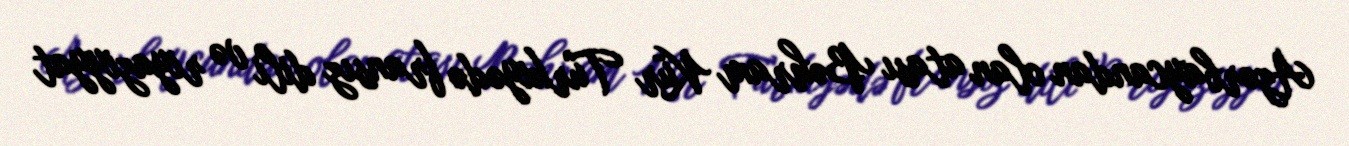
Azərbaycandan olan atası Bəhram Kür Türkiyədə fransız dili və riyaziyyat